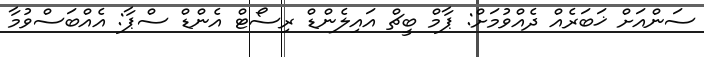
ސަންއަށް ޚަބަރެއް ދެއްވުމަށް: ޕާމް ބީޗް އައިލެންޑް ރިސޯޓް އެންޑް ސްޕާ: އެއްބަސްވުމާ